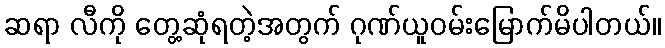
ဆရာ လီကို တွေ့ဆုံရတဲ့အတွက် ဂုဏ်ယူဝမ်းမြောက်မိပါတယ်။